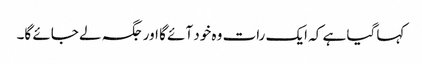
کہا گیا ہے کہ ایک رات وہ خود آئے گا اور جگہ لے جائے گا۔